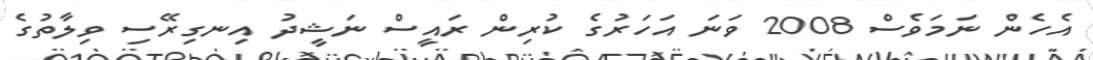
އެހެން ނަމަވެސް 2008 ވަނަ އަހަރުގެ ކުރިން ރައީސް ނަޝީދު އިނގިރޭސި ވިލާތުގެ